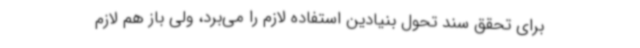
برای تحقق سند تحول بنیادین استفاده لازم را می‌برد، ولی باز هم لازم